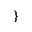
\}